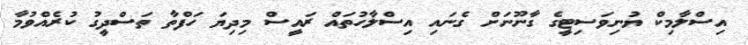
އިސްލާމިކް ޔުނިވަސިޓީގެ ގާނޫނަށް ގެނައި އިސްލާހުތައް ރައީސް މިދިޔަ ހަފްތާ ތަސްދީގު ކުރެއްވުމާ